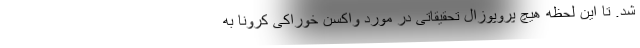
شد. تا این لحظه هیچ پروپوزال تحقیقاتی در مورد واکسن خوراکی کرونا به